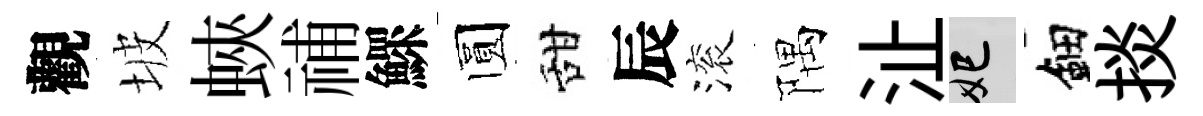
觀坡蛺𥙷鰥圆甜辰滚隅沚妃鈿掞